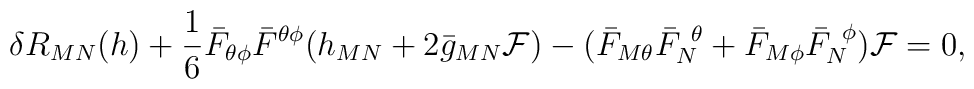
\delta R_{MN} (h) + {1 \over 6} \bar F_{\theta\phi} \bar F^{\theta\phi}   (h_{MN} + 2 \bar g_{MN} {\cal F})- ( \bar F_{M \theta} \bar F_N^{~\theta} + \bar F_{M \phi}\bar F_N^{~\phi} ) {\cal F}= 0,